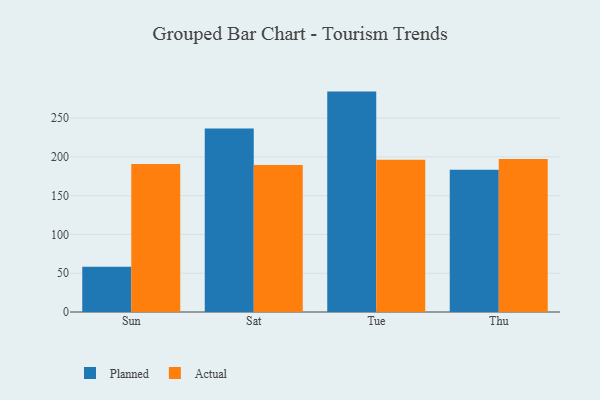
{"axis": {"x": "Day", "y": "Revenue (USD Million)"}, "legend": ["Actual", "Planned"], "data": [{"x": "Sun", "y": 58.2, "type": "Planned"}, {"x": "Sun", "y": 190.8, "type": "Actual"}, {"x": "Sat", "y": 236.6, "type": "Planned"}, {"x": "Sat", "y": 189.7, "type": "Actual"}, {"x": "Tue", "y": 284.2, "type": "Planned"}, {"x": "Tue", "y": 196.3, "type": "Actual"}, {"x": "Thu", "y": 183.5, "type": "Planned"}, {"x": "Thu", "y": 197.2, "type": "Actual"}]}